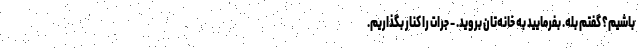
باشیم؟ گفتم بله. بفرمایید به خانه‌تان بروید. - جرات را کنار بگذاریم.